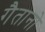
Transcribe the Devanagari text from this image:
गैतानो